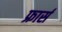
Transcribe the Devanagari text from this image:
फ्रार्स